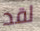
لقد